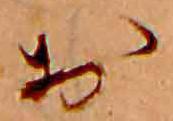
お